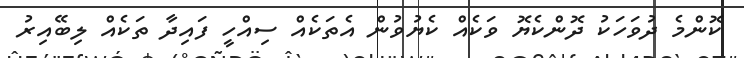
ކޮންމެ ދުވަހަކު ދޮންކެޔޮ ވަކެއް ކެޔުވުން އެތަކެއް ސިއްހީ ފައިދާ ތަކެއް ލިބޭއިރު